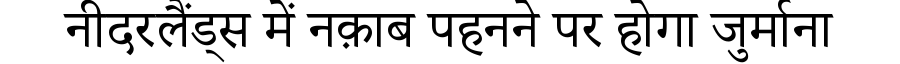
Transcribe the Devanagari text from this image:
नीदरलैंड्स में नक़ाब पहनने पर होगा जुर्माना